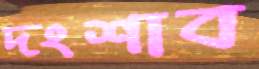
দংশাব